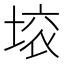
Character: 𱗉